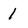
Character: 1